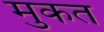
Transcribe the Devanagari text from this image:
मुकत